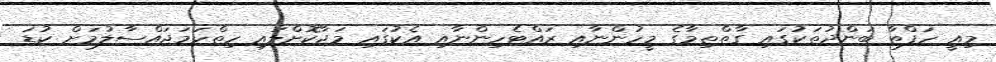
މިއީ ހަފްތާ ބަންދުތަކުގައި ގާތްތިމާގެ މީހުންނާއި ރައްޓެހިންނާއި އެކުގައި މަޖާކޮށްލައި ހިތްހަމަޖައްސާލުމަށް ކުޑަ